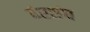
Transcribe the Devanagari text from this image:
दंतसंघ